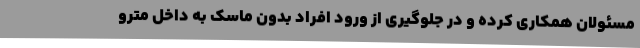
مسئولان همکاری کرده و در جلوگیری از ورود افراد بدون ماسک به داخل مترو